Papers set at the Examination for Leaving Certificates, 1893
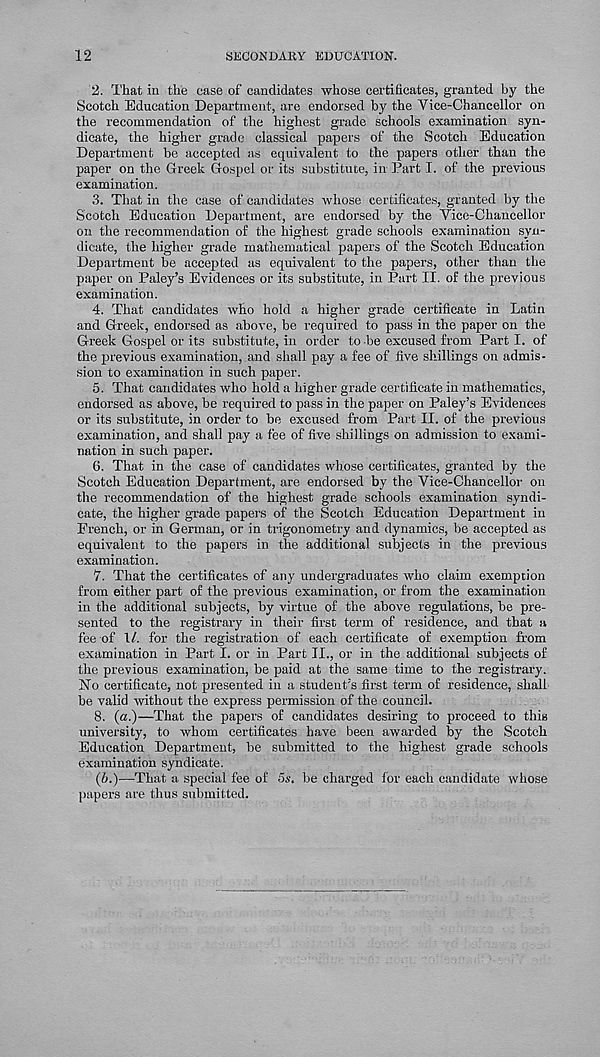
12
SECONDARY EDUCATION.
2. That in the case of candidates whose certificates, granted by the
Scotch Education Department, are endorsed by the Vice-Chancellor on
the recommendation of the highest grade schools examination syn-
dicate, the higher grade classical papers of the Scotch Education
Department be accepted as equivalent to the papers other than the
paper on the Greek Gospel or its substitute, in Part I. of the previous
examination.
3. That in the case of candidates whose certificates, granted by the
Scotch Education Department, are endorsed by the Vice-Chancellor
on the recommendation of the highest grade schools examination syn-
dicate, the higher grade mathematical papers of the Scotch Education
Department be accepted as equivalent to the papers, other than the
paper on Paley’s Evidences or its substitute, in Part II. of the previous
examination.
4. That candidates who hold a higher grade certificate in Latin
and Greek, endorsed as above, be required to pass in the paper on the
Greek Gospel or its substitute, in order to be excused from Parti, of
the previous examination, and shall pay a fee of five shillings on admis-
sion to examination in such paper.
5. That candidates who hold a higher grade certificate in mathematics,
endorsed as above, be required to pass in the paper on Paley’s Evidences
or its substitute, in order to be excused from Part II. of the previous
examination, and shall pay a fee of five shillings on admission to exami-
nation in such paper.
6. That in the case of candidates whose certificates, granted by the
Scotch Education Department, are endorsed by the Vice-Chancellor on
the recommendation of the highest grade schools examination syndi-
cate, the higher grade papers of the Scotch Education Department in
French, or in German, or in trigonometry and dynamics, be accepted as
equivalent to the papers in the additional subjects in the previous
examination.
‘7. That the certificates of any undergraduates who claim exemption
from either part of the previous examination, or from the examination
in the additional subjects, by virtue of the above regulations, be pre-
sented to the registrary in their first term of residence, and that a
fee of 1/. for the registration of each certificate of exemption from
examination in Part I. or in Part II., or in the additional subjects of
the previous examination, be paid at the same time to the registrary.
No certificate, not presented in a student’s first term of residence, shall
be valid without the express permission of the council.
8. (a.)—That the papers of candidates desiring to proceed to this
university, to whom certificates have been awarded by the Scotch
Education Department, be submitted to the highest grade schools
examination syndicate.
(6.)—That a special fee of 5s. be charged for each candidate whose
papers are thus submitted.